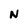
Character: N